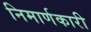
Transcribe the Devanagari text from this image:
निमार्णकारी